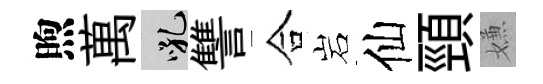
煦萬吼讐合岩仙頸嫌